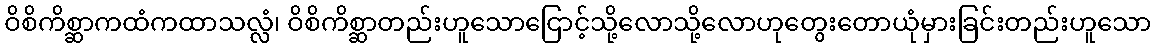
ဝိစိကိစ္ဆာကထံကထာသလ္လံ၊ ဝိစိကိစ္ဆာတည်းဟူသောငြောင့်သို့လောသို့လောဟုတွေးတောယုံမှားခြင်းတည်းဟူသော